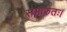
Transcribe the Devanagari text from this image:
समारुतः।